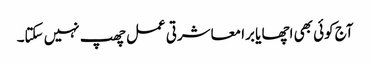
آج کوئی بھی اچھا یا برا معاشرتی عمل چھپ نہیں سکتا۔